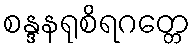
စန္ဒနရုစိရဂတ္တေ